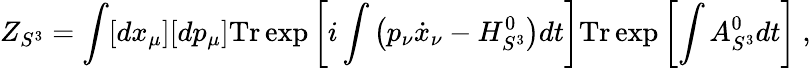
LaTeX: Z_{S^{3}}=\int[dx_{\mu}][dp_{\mu}]\mathrm{Tr}\exp\left[i\int\left(p_{\nu}\dot{x}_{\nu}-H_{S^{3}}^{0}\right)dt\right]\mathrm{Tr}\exp\left[\int A_{S^{3}}^{0}dt\right]\ ,